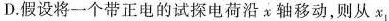
D.假设将一个带正电的试探电荷沿x轴移动，则从x_{1}